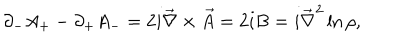
\partial _ { - } A _ { + } - \partial _ { + } A _ { - } = 2 i \vec { \nabla } \times { \vec { A } } = 2 i B = i \vec { \nabla } ^ { 2 } \ln \rho ,